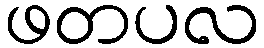
ဖတပလ